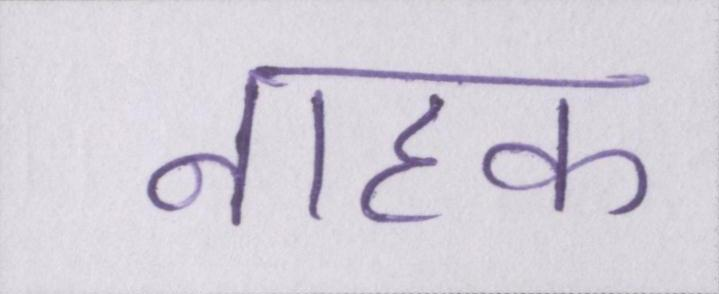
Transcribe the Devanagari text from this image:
नाहक